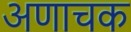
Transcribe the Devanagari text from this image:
अणाचक